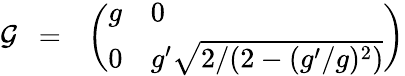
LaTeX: \mathcal{G}~~=~~\left(\begin{array}{ll}{{g}}&{{0}}\\ {{0}}&{{g^{\prime}\sqrt{2/(2-(g^{\prime}/g)^{2})}}}\end{array}\right)